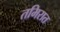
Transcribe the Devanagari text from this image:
तमिरात